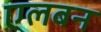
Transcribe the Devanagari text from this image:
एलबन